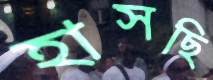
হাসছি